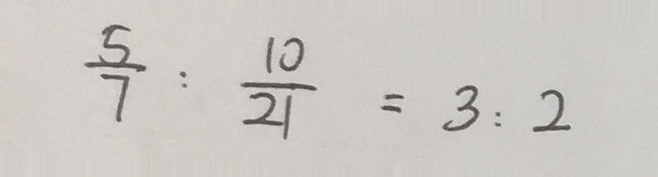
\frac { 5 } { 7 } : \frac { 1 0 } { 2 1 } = 3 : 2